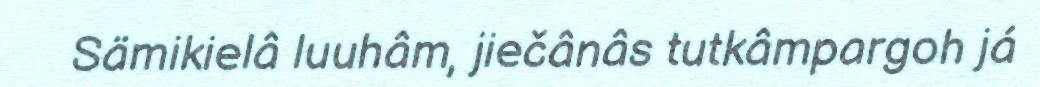
Sämikielâ luuhâm, jiečânâs tutkâmpargoh já